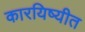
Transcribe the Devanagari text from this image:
कारयिष्यीत